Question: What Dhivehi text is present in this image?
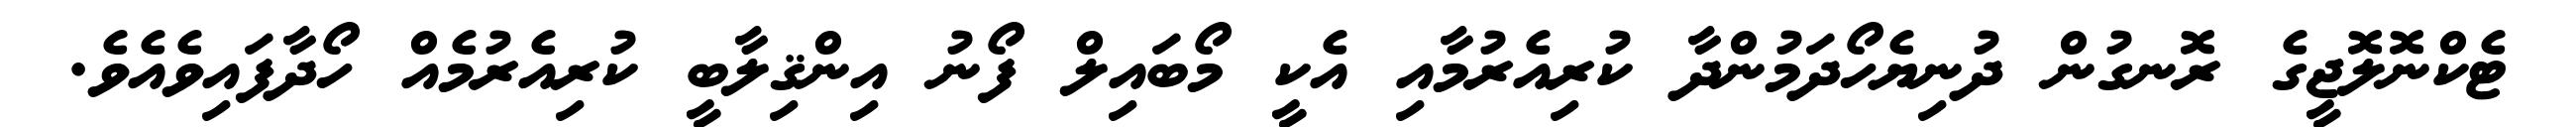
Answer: ޓެކްނޮލޮޖީގެ ރޮނގުން ދުނިޔެހޯދަމުންދާ ކުރިއެރުމާއި އެކީ މޯބައިލް ފޯނު އިންޤިލާބީ ކުރިއެރުމެއް ހޯދާފައިވެއެވެ.